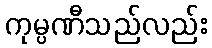
ကုမ္ပဏီသည်လည်း